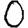
Digit: 0